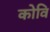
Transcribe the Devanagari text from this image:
कोवि